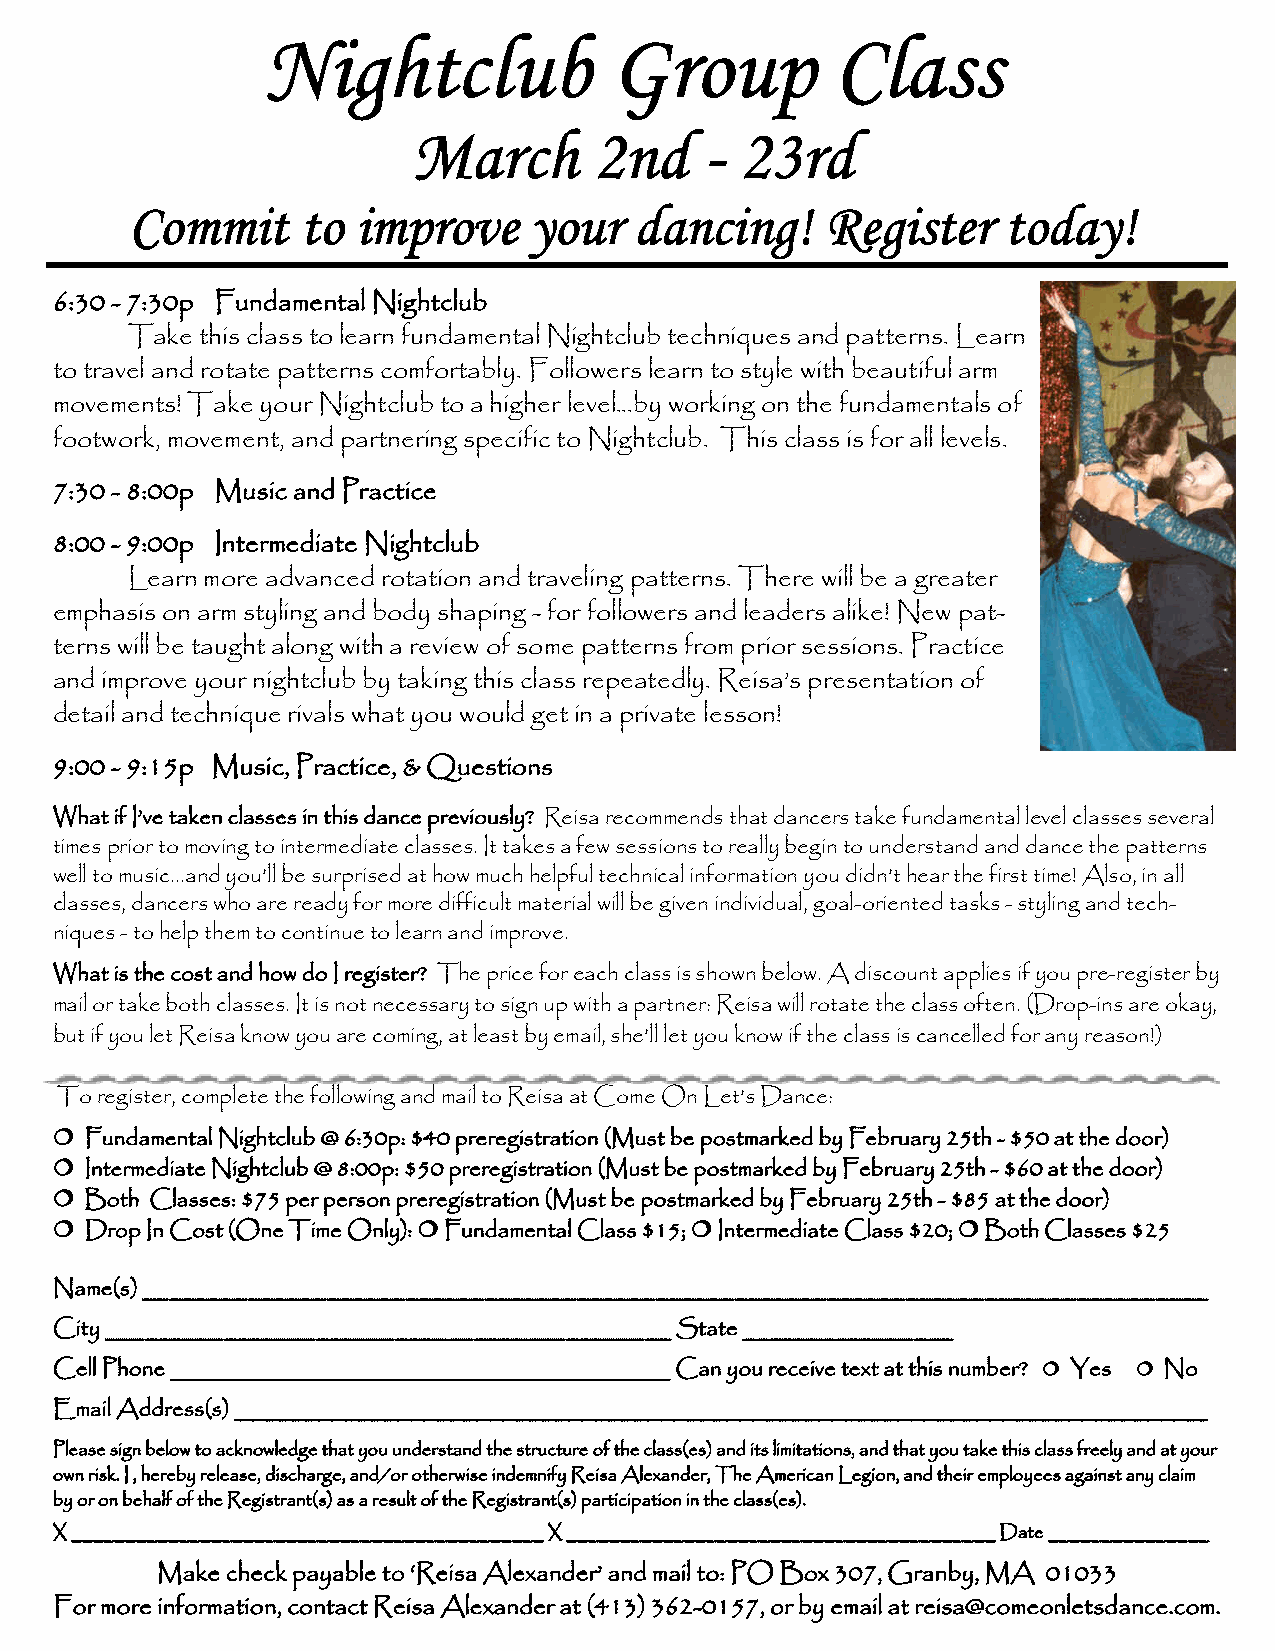
Nightclub              Group          Class
 March       2nd     - 23rd
 Commit     to  improve    your   dancing!     Register   today!
 6:30 - 7:30p Fundamental Nightclub
 Take this class to learn fundamental Nightclub techniques and patterns. Learn
 to travel and rotate patterns comfortably. Followers learn to style with beautiful arm
 movements! Take your Nightclub to a higher level...by working on the fundamentals of
 footwork, movement, and partnering specific to Nightclub. This class is for all levels.
 7:30 - 8:00p Music and Practice
 8:00 - 9:00p Intermediate Nightclub
 Learn more advanced rotation and traveling patterns. There will be a greater
 emphasis on arm styling and body shaping - for followers and leaders alike! New pat-
 terns will be taught along with a review of some patterns from prior sessions. Practice
 and improve your nightclub by taking this class repeatedly. Reisa’s presentation of
 detail and technique rivals what you would get in a private lesson!
 9:00 - 9:15p Music, Practice, & Questions
 What if I’ve taken classes in this dance previously? Reisa recommends that dancers take fundamental level classes several
 times prior to moving to intermediate classes. It takes a few sessions to really begin to understand and dance the patterns
 well to music...and you’ll be surprised at how much helpful technical information you didn’t hear the first time! Also, in all
 classes, dancers who are ready for more difficult material will be given individual, goal-oriented tasks - styling and tech-
 niques - to help them to continue to learn and improve.
 What is the cost and how do I register? The price for each class is shown below. A discount applies if you pre-register by
 mail or take both classes. It is not necessary to sign up with a partner: Reisa will rotate the class often. (Drop-ins are okay,
 but if you let Reisa know you are coming, at least by email, she’ll let you know if the class is cancelled for any reason!)
 To register, complete the following and mail to Reisa at Come On Let’s Dance:
 
 Fundamental Nightclub @ 6:30p: $40 preregistration (Must be postmarked by February 25th - $50 at the door)
 
 Intermediate Nightclub @ 8:00p: $50 preregistration (Must be postmarked by February 25th - $60 at the door)
 
 Both Classes: $75 per person preregistration (Must be postmarked by February 25th - $85 at the door)
                                                          
 Drop In Cost (One Time Only): Fundamental Class $15; Intermediate Class $20; Both Classes $25
 Name(s) _________________________________________________________________________________
 City ___________________________________________ State ________________
 Cell Phone ______________________________________ Can you receive text at this number?  Yes  No
 Email Address(s) __________________________________________________________________________
 Please sign below to acknowledge that you understand the structure of the class(es) and its limitations, and that you take this class freely and at your
 own risk. I , hereby release, discharge, and/or otherwise indemnify Reisa Alexander, The American Legion, and their employees against any claim
 by or on behalf of the Registrant(s) as a result of the Registrant(s) participation in the class(es).
 X ____________________________________________ X ________________________________________ Date _______________
 Make check payable to ‘Reisa Alexander’ and mail to: PO Box 307, Granby, MA 01033
 For more information, contact Reisa Alexander at (413) 362-0157, or by email at reisa@comeonletsdance.com.